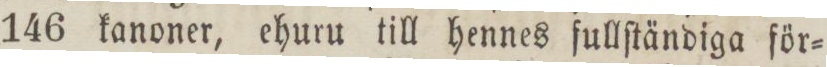
146 kanoner, ehuru till hennes fullſtändiga för=